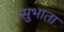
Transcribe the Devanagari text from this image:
सुभाता